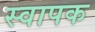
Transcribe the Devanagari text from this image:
स्‍वापक